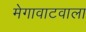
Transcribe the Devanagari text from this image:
मेगावाटवाला